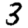
Digit: 3